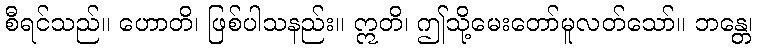
စီရင်သည်။ ဟောတိ၊ ဖြစ်ပါသနည်း။ ဣတိ၊ ဤသို့မေးတော်မူလတ်သော်။ ဘန္တေ၊